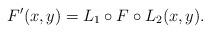
LaTeX: \begin{align*}F'(x,y) = L_1 \circ F \circ L_2(x,y).\end{align*}